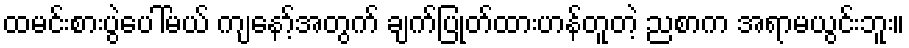
ထမင်းစားပွဲပေါ်မယ် ကျနော့်အတွက် ချက်ပြုတ်ထားဟန်တူတဲ့ ညစာက အရာမယွင်းဘူး။